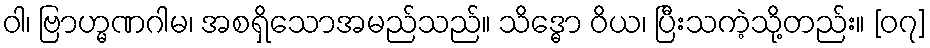
ဝါ၊ ဗြာဟ္မဏဂါမ၊ အစရှိသောအမည်သည်။ သိဒ္ဓော ဝိယ၊ ပြီးသကဲ့သို့တည်း။ [၀၇]